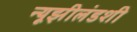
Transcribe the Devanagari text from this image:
न्यूझीलंडशी